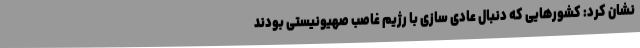
نشان کرد: کشورهایی که دنبال عادی سازی با رژیم غاصب صهیونیستی بودند